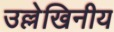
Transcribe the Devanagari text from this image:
उल्लेखिनीय